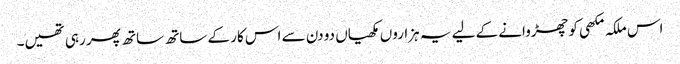
اس ملکہ مکھی کو چھڑوانے کے لیے یہ ہزاروں مکھیاں دو دن سے اس کار کے ساتھ ساتھ پھر رہی تھیں۔